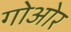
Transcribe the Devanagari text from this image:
गोओर